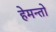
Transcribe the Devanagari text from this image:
हेमन्तो